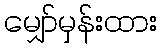
မျှော်မှန်းထား